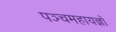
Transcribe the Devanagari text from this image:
पञ्चमहायज्ञों